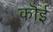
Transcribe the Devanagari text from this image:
कॊई